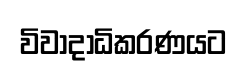
විවාදාධිකරණයට